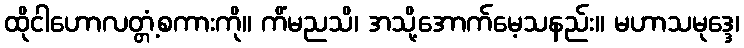
ထိုငါဟောလတ္တံ့စကားကို။ ကိံမညသိ၊ အသို့အောက်မေ့သနည်း။ မဟာသမုဒ္ဒေ၊